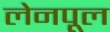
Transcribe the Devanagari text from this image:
लेनपूल